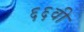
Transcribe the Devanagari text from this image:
६६वी